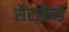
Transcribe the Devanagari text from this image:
सैराबैन्डे